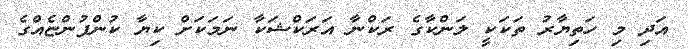
އަދި މި ހަތިޔާރު ތަކަކީ ލަންކާގެ ރަކްނާ އަރަކްޝަކާ ނަމަކަށް ކިޔާ ކުންފުންޏެއްގެ